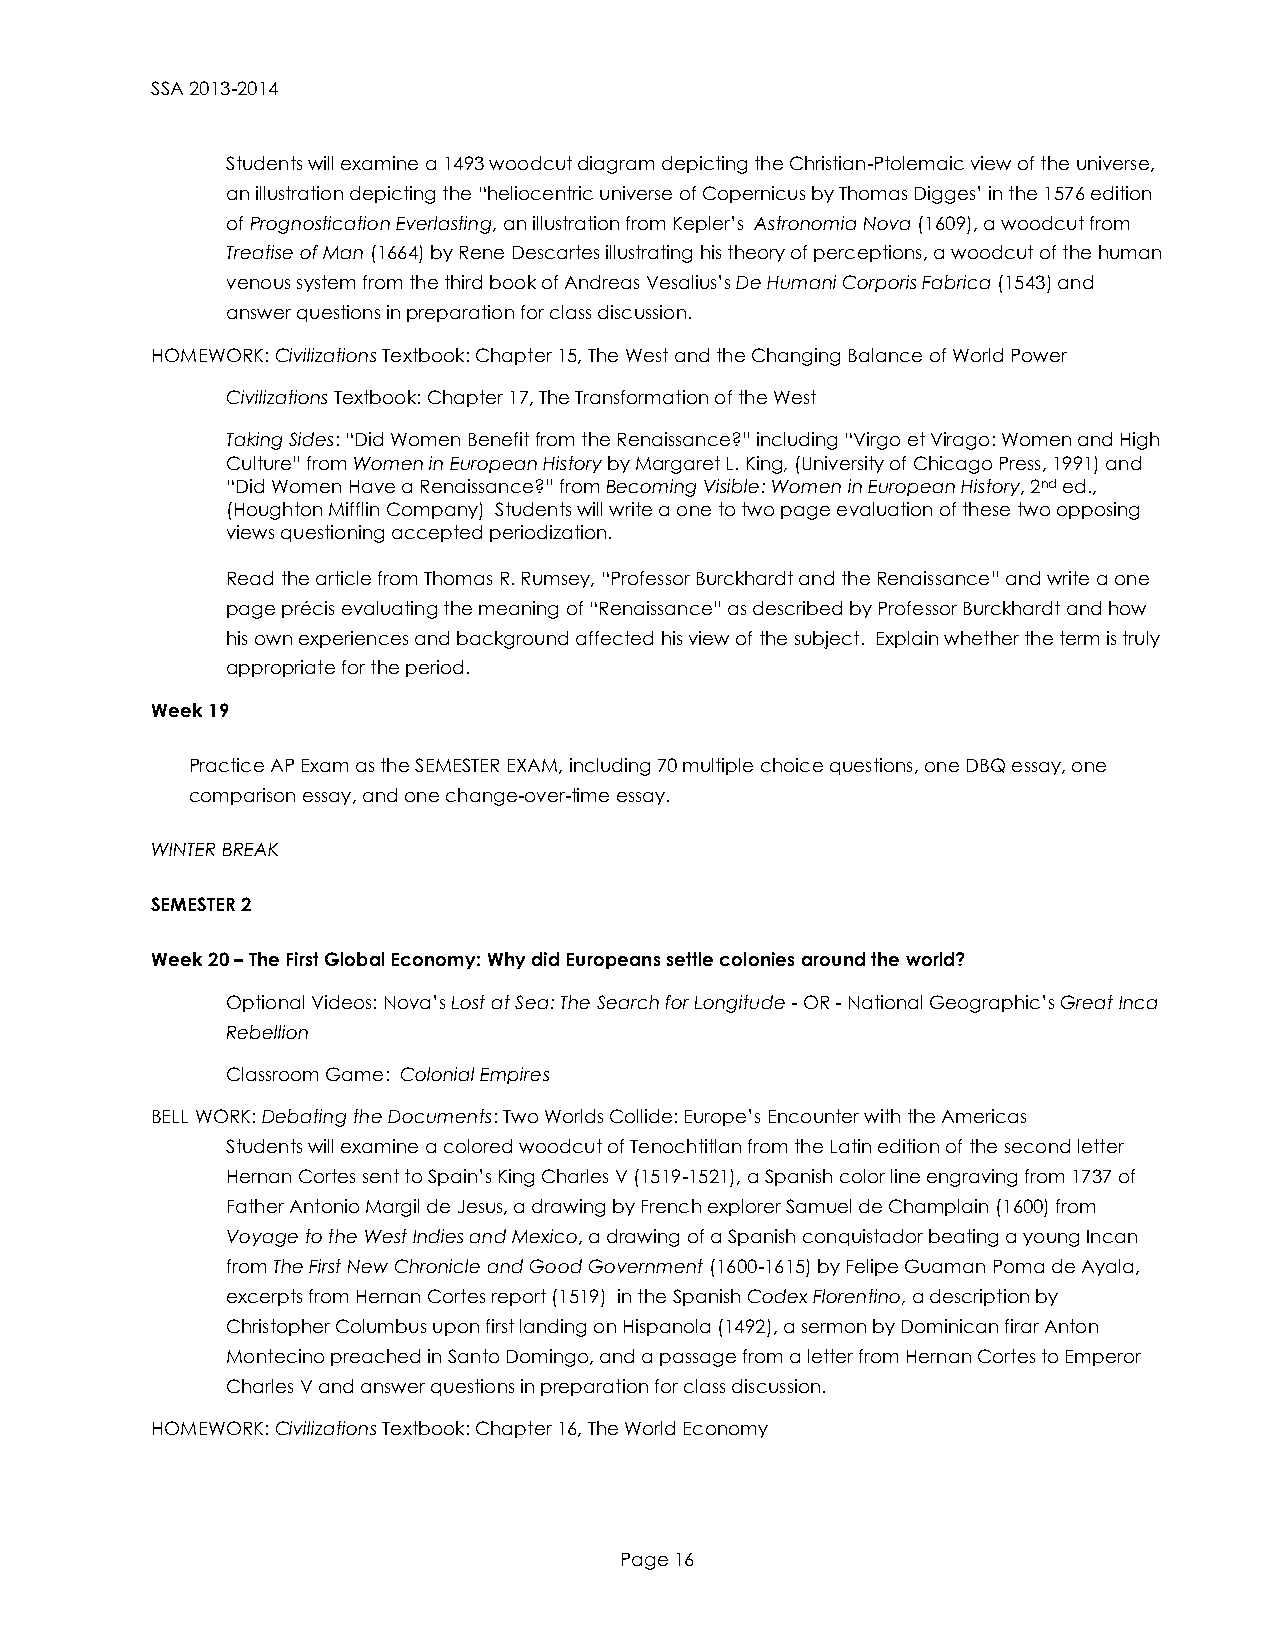
SSA 2013-2014
 Students will examine a 1493 woodcut diagram depicting the Christian-Ptolemaic view of the universe,
 an illustration depicting the “heliocentric universe of Copernicus by Thomas Digges’ in the 1576 edition
 of Prognostication Everlasting, an illustration from Kepler’s Astronomia Nova (1609), a woodcut from
 Treatise of Man (1664) by Rene Descartes illustrating his theory of perceptions, a woodcut of the human
 venous system from the third book of Andreas Vesalius’s De Humani Corporis Fabrica (1543) and
 answer questions in preparation for class discussion.
 HOMEWORK: Civilizations Textbook: Chapter 15, The West and the Changing Balance of World Power
 Civilizations Textbook: Chapter 17, The Transformation of the West
 Taking Sides: “Did Women Benefit from the Renaissance?” including “Virgo et Virago: Women and High
 Culture” from Women in European History by Margaret L. King, (University of Chicago Press, 1991) and
 “Did Women Have a Renaissance?” from Becoming Visible: Women in European History, 2nd ed.,
 (Houghton Mifflin Company) Students will write a one to two page evaluation of these two opposing
 views questioning accepted periodization.
 Read the article from Thomas R. Rumsey, “Professor Burckhardt and the Renaissance” and write a one
 page précis evaluating the meaning of “Renaissance” as described by Professor Burckhardt and how
 his own experiences and background affected his view of the subject. Explain whether the term is truly
 appropriate for the period.
 Week 19
 Practice AP Exam as the SEMESTER EXAM, including 70 multiple choice questions, one DBQ essay, one
 comparison essay, and one change-over-time essay.
 WINTER BREAK
 SEMESTER 2
 Week 20 – The First Global Economy: Why did Europeans settle colonies around the world?
 Optional Videos: Nova’s Lost at Sea: The Search for Longitude - OR - National Geographic’s Great Inca
 Rebellion
 Classroom Game: Colonial Empires
 BELL WORK: Debating the Documents: Two Worlds Collide: Europe’s Encounter with the Americas
 Students will examine a colored woodcut of Tenochtitlan from the Latin edition of the second letter
 Hernan Cortes sent to Spain’s King Charles V (1519-1521), a Spanish color line engraving from 1737 of
 Father Antonio Margil de Jesus, a drawing by French explorer Samuel de Champlain (1600) from
 Voyage to the West Indies and Mexico, a drawing of a Spanish conquistador beating a young Incan
 from The First New Chronicle and Good Government (1600-1615) by Felipe Guaman Poma de Ayala,
 excerpts from Hernan Cortes report (1519) in the Spanish Codex Florentino, a description by
 Christopher Columbus upon first landing on Hispanola (1492), a sermon by Dominican firar Anton
 Montecino preached in Santo Domingo, and a passage from a letter from Hernan Cortes to Emperor
 Charles V and answer questions in preparation for class discussion.
 HOMEWORK: Civilizations Textbook: Chapter 16, The World Economy
 Page 16